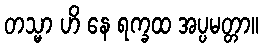
တသ္မာ ဟိ နေ ရက္ခထ အပ္ပမတ္တာ။